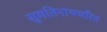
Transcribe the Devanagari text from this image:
सुमतिनाथचरित